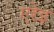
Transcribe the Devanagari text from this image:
एरेइ